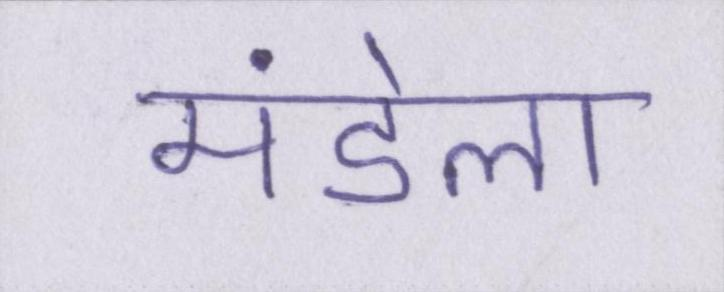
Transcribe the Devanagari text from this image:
मंडेला